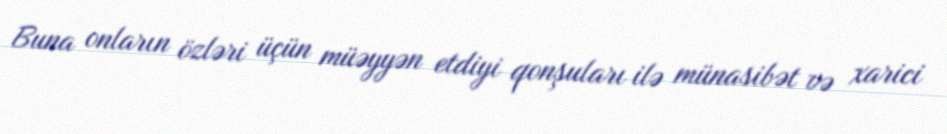
Buna onların özləri üçün müəyyən etdiyi qonşuları ilə münasibət və xarici